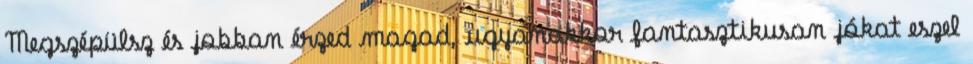
Megszépülsz és jobban érzed magad, ugyanakkor fantasztikusan jókat eszel